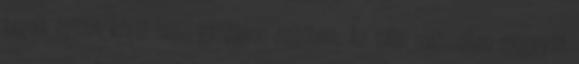
tagolt épület kívül-belül gazdagon díszített. Az 1985 májusában megnyílt